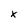
Character: x